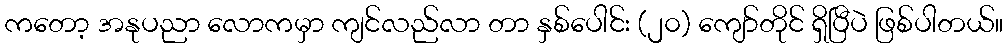
ကတော့ အနုပညာ လောကမှာ ကျင်လည်လာ တာ နှစ်ပေါင်း (၂၀) ကျော်တိုင် ရှိပြီပဲ ဖြစ်ပါတယ်။